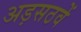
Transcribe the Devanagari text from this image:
अड़सठवें